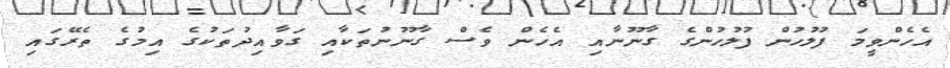
އެހެންވީމަ ފުލުހުން ފުލުހުންގެ ގާނޫނާއި އެހެން ވެސް ގާނޫނުތަކާއި ގަވާއިދުތަކުގެ އިމުގެ ތެރޭގައި